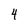
Character: 4